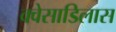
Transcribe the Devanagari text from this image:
क्वेसाडिलास